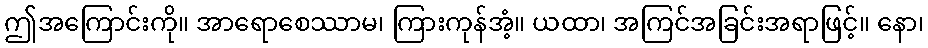
ဤအကြောင်းကို။ အာရောစေဿာမ၊ ကြားကုန်အံ့။ ယထာ၊ အကြင်အခြင်းအရာဖြင့်။ နော၊